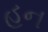
હન